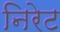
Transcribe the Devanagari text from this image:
निरेट